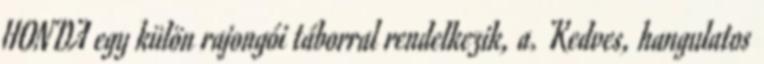
HONDA egy külön rajongói táborral rendelkezik, a. Kedves, hangulatos